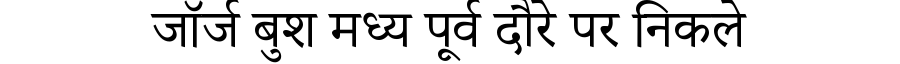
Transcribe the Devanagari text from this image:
जॉर्ज बुश मध्य पूर्व दौरे पर निकले